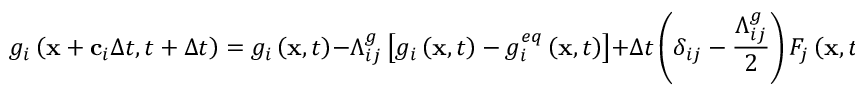
g _ { i } \left( \mathbf { x } + \mathbf { c } _ { i } \Delta t , t + \Delta t \right) = g _ { i } \left( \mathbf { x } , t \right) - \Lambda _ { i j } ^ { g } \left[ g _ { i } \left( \mathbf { x } , t \right) - g _ { i } ^ { e q } \left( \mathbf { x } , t \right) \right] + \Delta t \left( \delta _ { i j } - \frac { \Lambda _ { i j } ^ { g } } { 2 } \right) F _ { j } \left( \mathbf { x } , t \right) ,